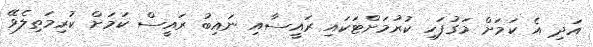
އަދި އެ ކަމަށް މަގުފަހި ކުރުމަށްްޓަކައި ރައީސާއި ނައިބު ރައީސް ކަމަށް ކުރިމަތިލެވޭ